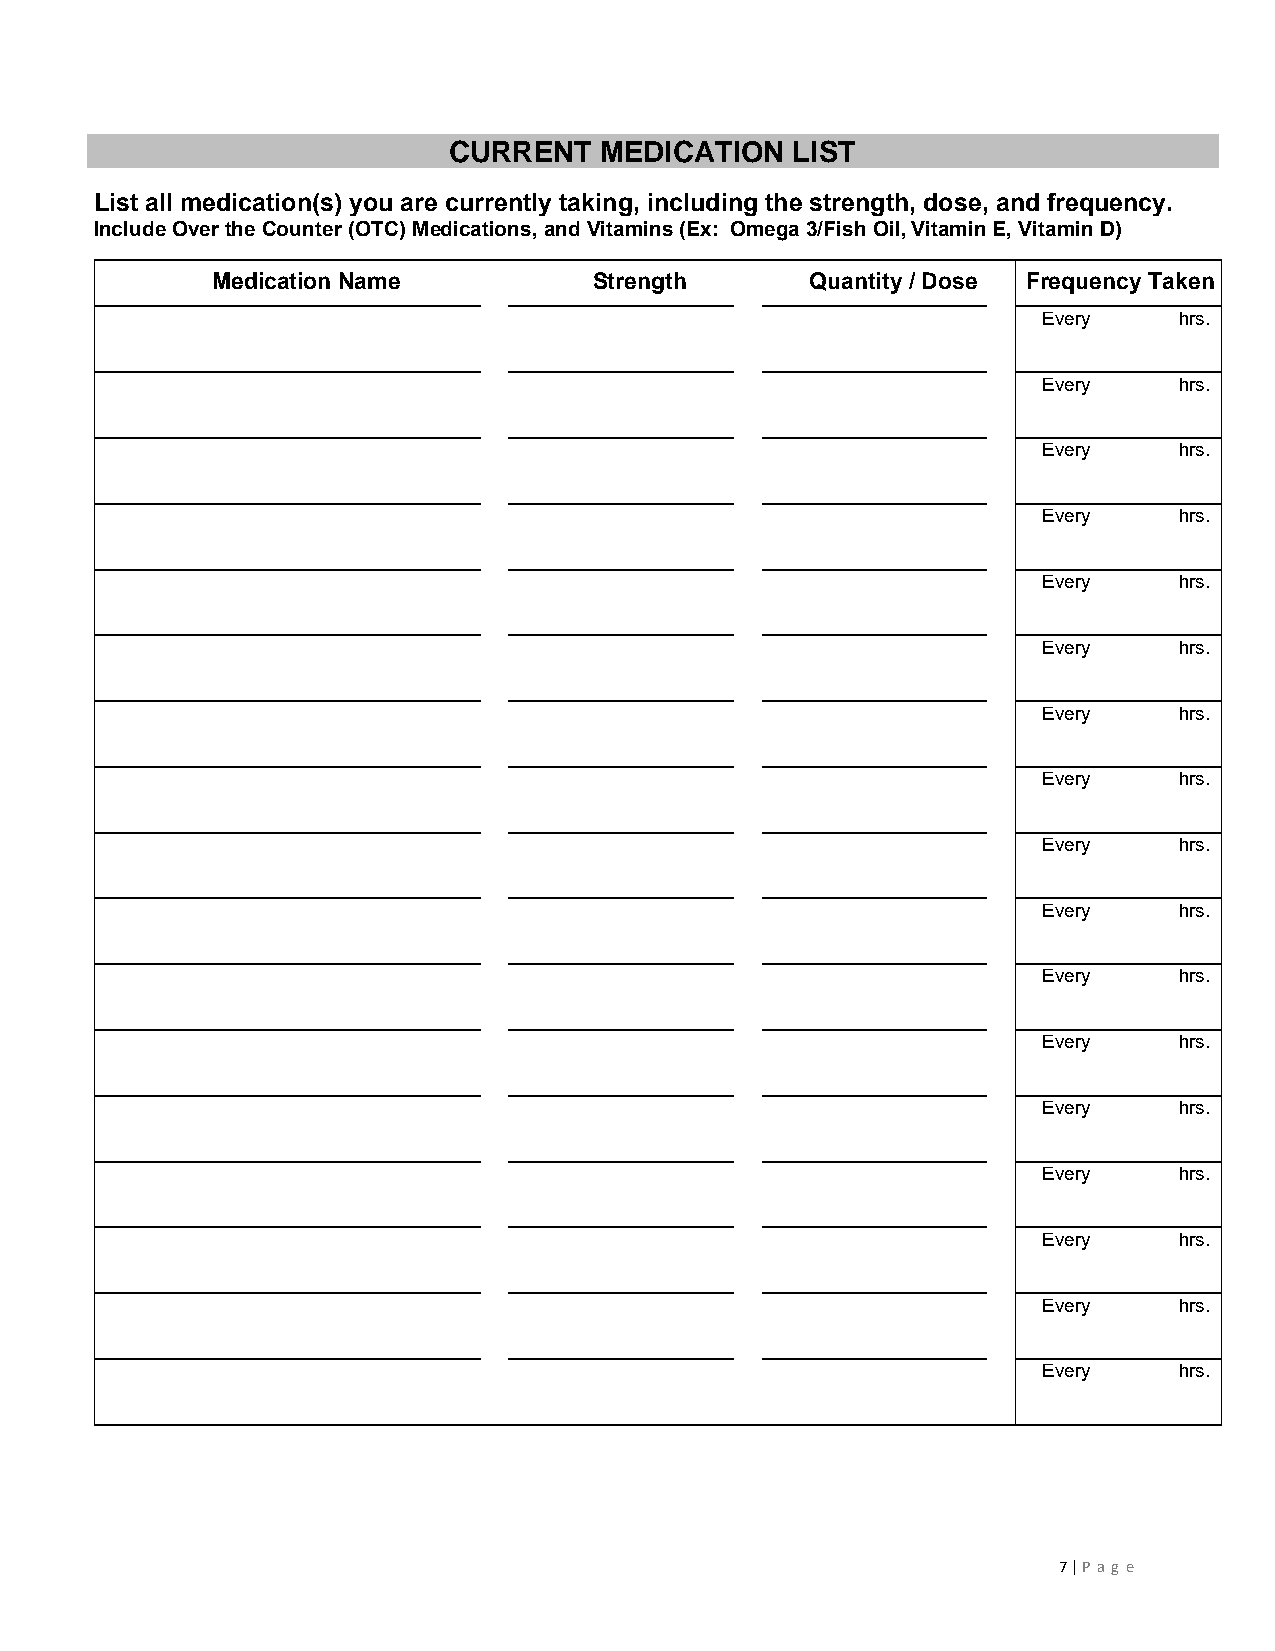
CURRENT   MEDICATION  LIST
 List all medication(s) you are currently taking, including the strength, dose, and frequency.
 Include Over the Counter (OTC) Medications, and Vitamins (Ex: Omega 3/Fish Oil, Vitamin E, Vitamin D)
 Medication Name          Strength       Quantity / Dose Frequency Taken
 Every    hrs.
 Every    hrs.
 Every    hrs.
 Every    hrs.
 Every    hrs.
 Every    hrs.
 Every    hrs.
 Every    hrs.
 Every    hrs.
 Every    hrs.
 Every    hrs.
 Every    hrs.
 Every    hrs.
 Every    hrs.
 Every    hrs.
 Every    hrs.
 Every    hrs.
 7 | P ag e